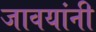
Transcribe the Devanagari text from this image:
जावयांनी